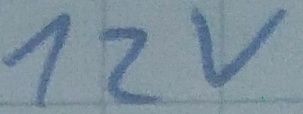
Text: 12v